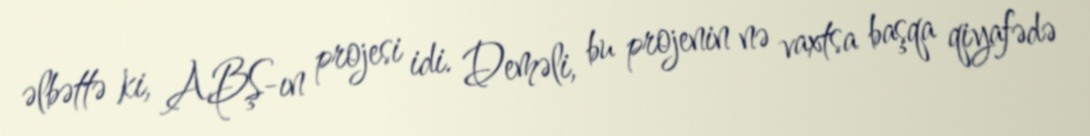
əlbəttə ki, ABŞ-ın projesi idi. Deməli, bu projenin nə vaxtsa başqa qiyafədə